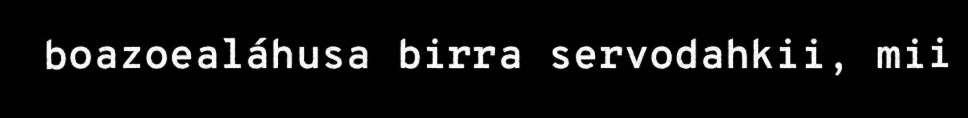
boazoealáhusa birra servodahkii, mii